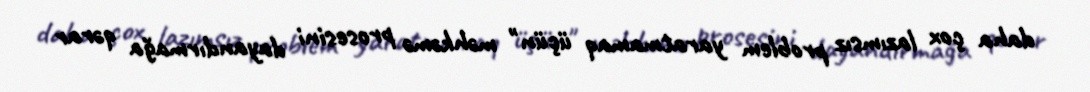
daha çox lazımsız problem yaratmamaq üçün" məhkəmə prosesini dayandırmağa qərar